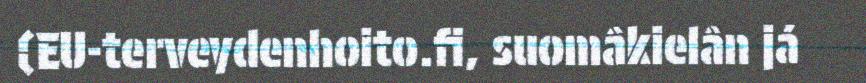
(EU-terveydenhoito.fi, suomâkielân já